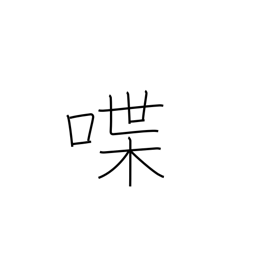
Meaning: talk